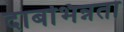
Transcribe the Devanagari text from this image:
दाबभिन्नता